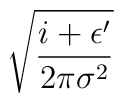
\sqrt{\frac{i+\epsilon '}{2\pi \sigma ^{2}}}